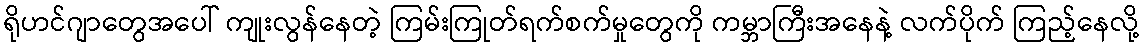
ရိုဟင်ဂျာတွေအပေါ် ကျုးလွန်နေတဲ့ ကြမ်းကြုတ်ရက်စက်မှုတွေကို ကမ္ဘာကြီးအနေနဲ့ လက်ပိုက် ကြည့်နေလို့